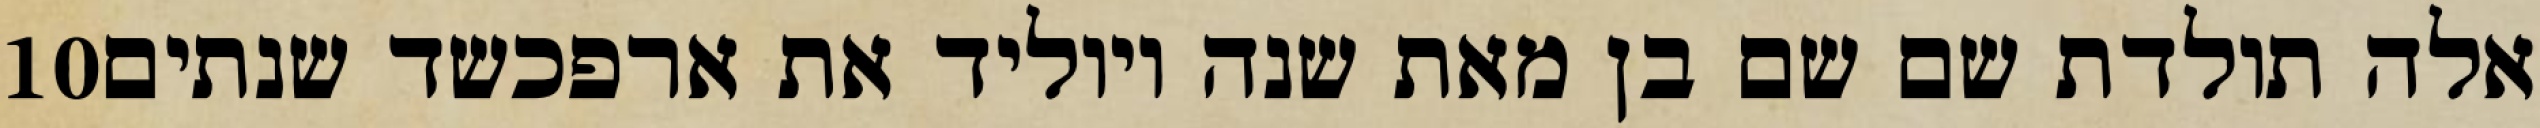
‎10‏ אלה תולדת שם שם בן מאת שנה ויוליד את ארפכשד שנתים